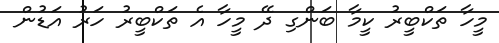
މީހާ ތަކްބީރު ކީމާ ބަންގި ދޭ މީހާ އެ ތަކްބީރު ހަރު އަޑުން